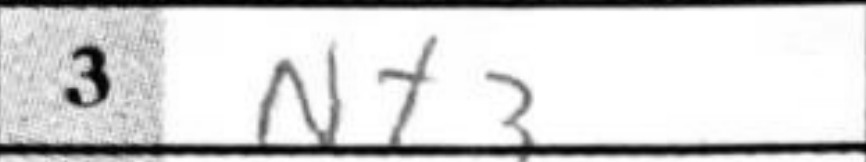
Transcription: Nf3